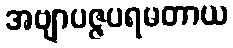
အဗျာပဇ္ဇပရမတာယ